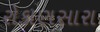
રોકાણસારા